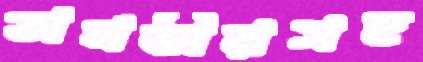
তানভীরসহ